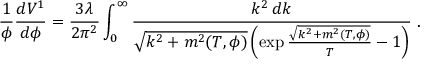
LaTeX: { \frac { 1 } { \phi } } { \frac { d V ^ { 1 } } { d \phi } } = { \frac { 3 \lambda } { 2 \pi ^ { 2 } } } \int _ { 0 } ^ { \infty } { \frac { k ^ { 2 } \, d k } { \sqrt { k ^ { 2 } + m ^ { 2 } ( T , \phi ) } \left( \exp { \frac { \sqrt { k ^ { 2 } + m ^ { 2 } ( T , \phi ) } } { T } } - 1 \right) } } \ .